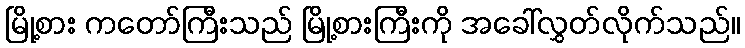
မြို့စား ကတော်ကြီးသည် မြို့စားကြီးကို အခေါ်လွှတ်လိုက်သည်။